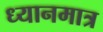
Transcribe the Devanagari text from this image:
ध्यानमात्र